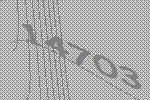
14703